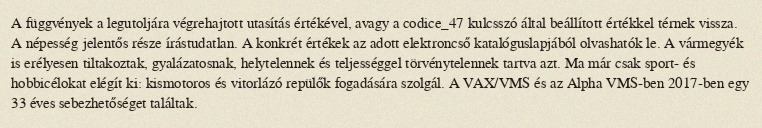
A függvények a legutoljára végrehajtott utasítás értékével, avagy a codice_47 kulcsszó által beállított értékkel térnek vissza. A népesség jelentős része írástudatlan. A konkrét értékek az adott elektroncső katalóguslapjából olvashatók le. A vármegyék is erélyesen tiltakoztak, gyalázatosnak, helytelennek és teljességgel törvénytelennek tartva azt. Ma már csak sport- és hobbicélokat elégít ki: kismotoros és vitorlázó repülők fogadására szolgál. A VAX/VMS és az Alpha VMS-ben 2017-ben egy 33 éves sebezhetőséget találtak.